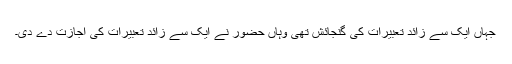
جہاں ایک سے زائد تعبیرات کی گنجائش تھی وہاں حضورؐ نے ایک سے زائد تعبیرات کی اجازت دے دی۔